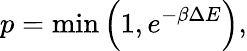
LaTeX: p=\operatorname*{min}\left(1,e^{-\beta\Delta E}\right),